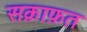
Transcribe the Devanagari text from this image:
सक़ाफ़त